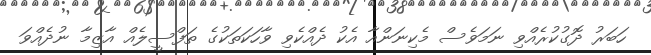
ހަބަރު ދޮގުކުރެއްވި ނަމަވެސް މެކިނަންއާ އެކު ދެއްކެވި ވާހަކަތަކުގެ ތަފްސީލެއް އާޒިމާ ނުދެއްވަ